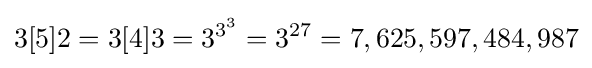
3[5]2=3[4]3=3^{3^{3}}=3^{27}=7,625,597,484,987